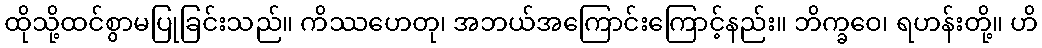
ထိုသို့ထင်စွာမပြုခြင်းသည်။ ကိဿဟေတု၊ အဘယ်အကြောင်းကြောင့်နည်း။ ဘိက္ခဝေ၊ ရဟန်းတို့။ ဟိ